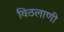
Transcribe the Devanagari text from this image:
विठलाणी